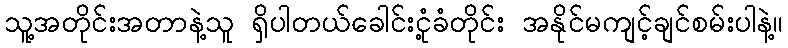
သူ့အတိုင်းအတာနဲ့သူ ရှိပါတယ်ခေါင်းငုံ့ခံတိုင်း အနိုင်မကျင့်ချင်စမ်းပါနဲ့။